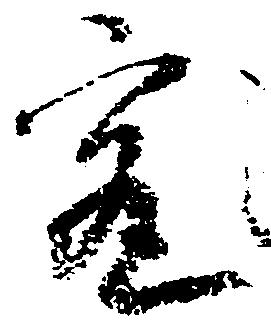
究